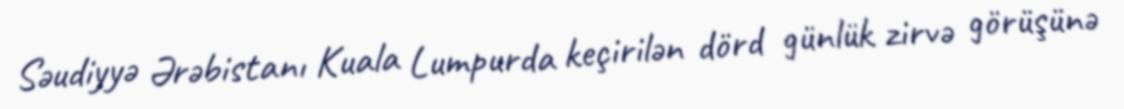
Səudiyyə Ərəbistanı Kuala Lumpurda keçirilən dörd günlük zirvə görüşünə